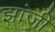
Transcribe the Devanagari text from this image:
झांजी